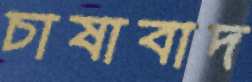
চাষাবাদ